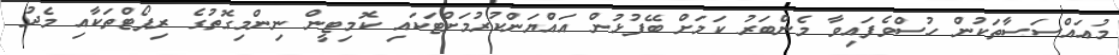
މުއައްސަސާތަކުން ހުސްވެފައިވާ މެންބަރު ކަމަށް ބޭފުޅުން އައްުޔަންކުރުމަށްޓަކައި ކޮމިޓީން ނިންމިގޮތުގެ ރިޕޯޓްތަކާއި މެދު